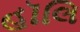
હૉલિ